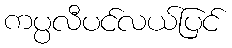
ကပ္ပလီပင်လယ်ပြင်